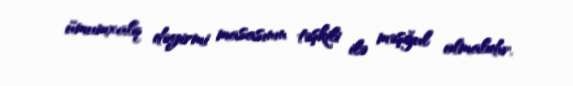
ümumxalq dəyirmi masasının təşkili ilə məşğul olmalıdır.